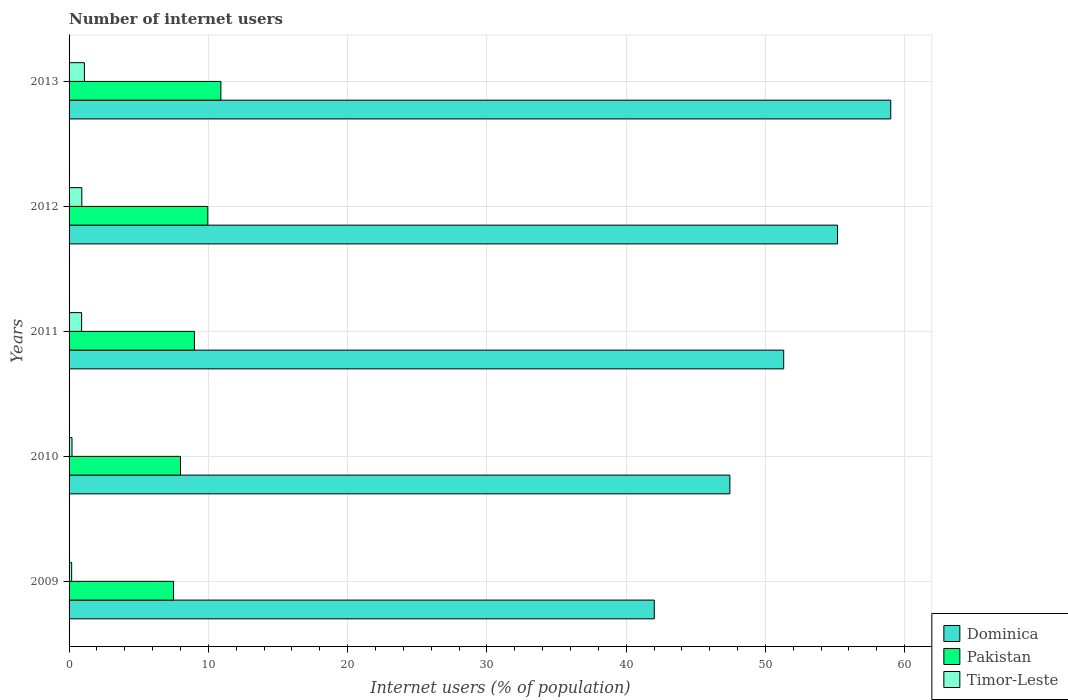
| Years | Dominica | Pakistan | Timor-Leste |
 | --- | --- | --- | --- |
 | 2009 | 42 | 7.5 | 0.185 |
 | 2010 | 47.5 | 8 | 0.21 |
 | 2011 | 51.3 | 9 | 0.9 |
 | 2012 | 55.2 | 9.96 | 0.915 |
 | 2013 | 59 | 10.9 | 1.1 |